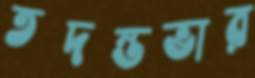
তদন্তভার